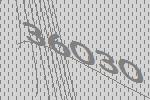
36030